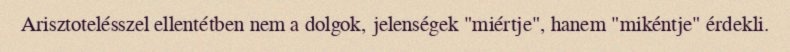
Arisztotelésszel ellentétben nem a dolgok, jelenségek "miértje", hanem "mikéntje" érdekli.